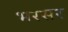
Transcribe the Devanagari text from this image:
भरसर